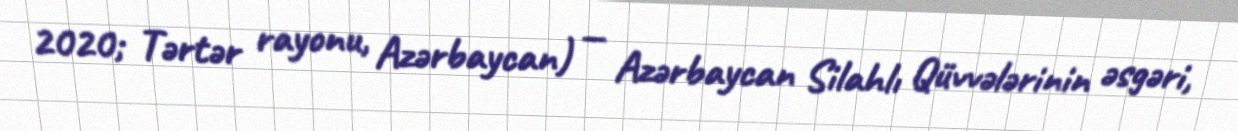
2020; Tərtər rayonu, Azərbaycan) — Azərbaycan Silahlı Qüvvələrinin əsgəri,